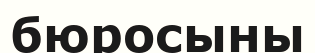
бюросыны